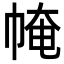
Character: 㡋